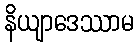
နိယျာဒေဿာမ